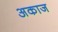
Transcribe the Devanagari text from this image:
अकाज